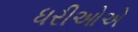
ધરીઓએ